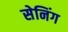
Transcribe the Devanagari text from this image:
सेनिंग